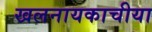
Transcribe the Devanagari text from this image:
खलनायकाचीया